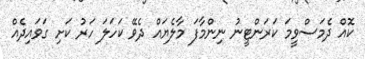
ކޮއް ދެމަސްވީމަ ކަރަންޓީނު ނިންމާފަ މާލެޔައް ދެވޭ ކަހަލަ ހަރު ކަށި ގަވައިދެއް